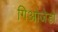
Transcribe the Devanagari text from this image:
गिओजेडो